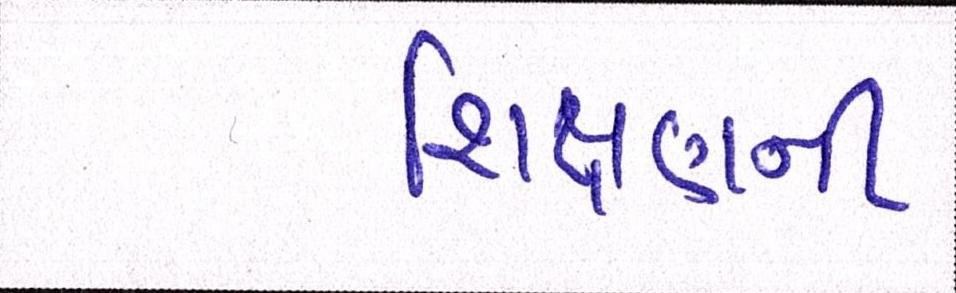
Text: શિક્ષણની